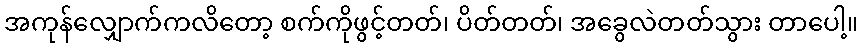
အကုန်လျှောက်ကလိတော့ စက်ကိုဖွင့်တတ်၊ ပိတ်တတ်၊ အခွေလဲတတ်သွား တာပေါ့။